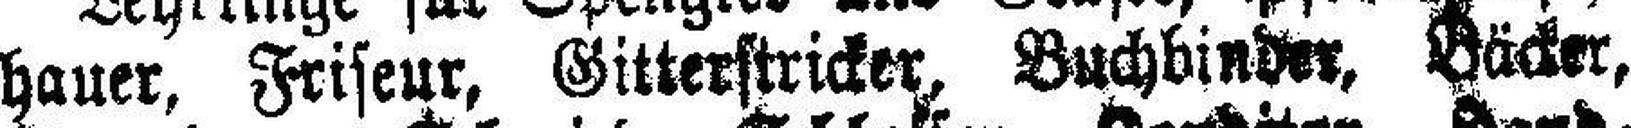
hauer, Friseur, Gitterstricker, Buchbinder, Bäcker,